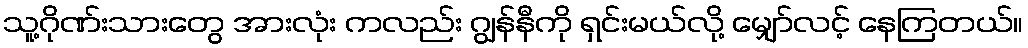
သူ့ဂိုဏ်းသားတွေ အားလုံး ကလည်း ဂျွန်နီကို ရှင်းမယ်လို့ မျှော်လင့် နေကြတယ်။